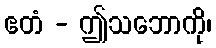
ဧတံ - ဤသဘောကို၊